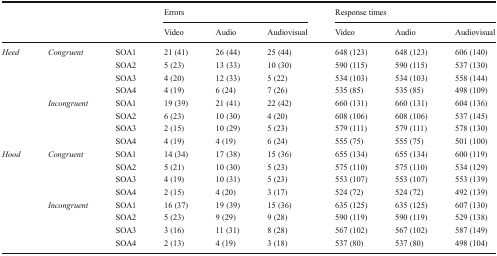
<table><thead><tr><td rowspan="2" colspan="3"></td><td colspan="3"><b>Errors</b></td><td colspan="3"><b>Response times</b></td></tr><tr><td><b>Video</b></td><td><b>Audio</b></td><td><b>Audiovisual</b></td><td><b>Video</b></td><td><b>Audio</b></td><td><b>Audiovisual</b></td></tr></thead><tbody><tr><td rowspan="8"><i>Heed</i></td><td rowspan="4"><i>Congruent</i></td><td>SOA1</td><td>21 (41)</td><td>26 (44)</td><td>25 (44)</td><td>648 (123)</td><td>648 (123)</td><td>606 (140)</td></tr><tr><td>SOA2</td><td>5 (23)</td><td>13 (33)</td><td>10 (30)</td><td>590 (115)</td><td>590 (115)</td><td>537 (130)</td></tr><tr><td>SOA3</td><td>4 (20)</td><td>12 (33)</td><td>5 (22)</td><td>534 (103)</td><td>534 (103)</td><td>558 (144)</td></tr><tr><td>SOA4</td><td>4 (19)</td><td>6 (24)</td><td>7 (26)</td><td>535 (85)</td><td>535 (85)</td><td>498 (109)</td></tr><tr><td rowspan="4"><i>Incongruent</i></td><td>SOA1</td><td>19 (39)</td><td>21 (41)</td><td>22 (42)</td><td>660 (131)</td><td>660 (131)</td><td>604 (136)</td></tr><tr><td>SOA2</td><td>6 (23)</td><td>10 (30)</td><td>4 (20)</td><td>608 (106)</td><td>608 (106)</td><td>537 (145)</td></tr><tr><td>SOA3</td><td>2 (15)</td><td>10 (29)</td><td>5 (23)</td><td>579 (111)</td><td>579 (111)</td><td>578 (130)</td></tr><tr><td>SOA4</td><td>4 (19)</td><td>4 (19)</td><td>6 (24)</td><td>555 (75)</td><td>555 (75)</td><td>501 (100)</td></tr><tr><td rowspan="8"><i>Hood</i></td><td rowspan="4"><i>Congruent</i></td><td>SOA1</td><td>14 (34)</td><td>17 (38)</td><td>15 (36)</td><td>655 (134)</td><td>655 (134)</td><td>600 (119)</td></tr><tr><td>SOA2</td><td>5 (21)</td><td>10 (30)</td><td>5 (23)</td><td>575 (110)</td><td>575 (110)</td><td>534 (129)</td></tr><tr><td>SOA3</td><td>4 (19)</td><td>10 (31)</td><td>5 (23)</td><td>553 (107)</td><td>553 (107)</td><td>553 (139)</td></tr><tr><td>SOA4</td><td>2 (15)</td><td>4 (20)</td><td>3 (17)</td><td>524 (72)</td><td>524 (72)</td><td>492 (139)</td></tr><tr><td rowspan="4"><i>Incongruent</i></td><td>SOA1</td><td>16 (37)</td><td>19 (39)</td><td>15 (36)</td><td>635 (125)</td><td>635 (125)</td><td>607 (130)</td></tr><tr><td>SOA2</td><td>5 (23)</td><td>9 (29)</td><td>9 (28)</td><td>590 (119)</td><td>590 (119)</td><td>529 (138)</td></tr><tr><td>SOA3</td><td>3 (16)</td><td>11 (31)</td><td>8 (28)</td><td>567 (102)</td><td>567 (102)</td><td>587 (149)</td></tr><tr><td>SOA4</td><td>2 (13)</td><td>4 (19)</td><td>3 (18)</td><td>537 (80)</td><td>537 (80)</td><td>498 (104)</td></tr></tbody></table>